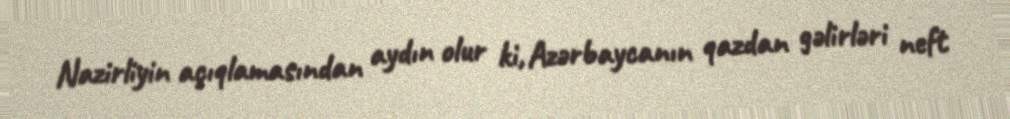
Nazirliyin açıqlamasından aydın olur ki, Azərbaycanın qazdan gəlirləri neft